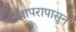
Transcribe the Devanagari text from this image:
खापरापासून